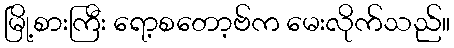
မြို့စားကြီး ရော့စတော့ဗ်က မေးလိုက်သည်။